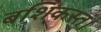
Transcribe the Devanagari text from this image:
बशिकस्त।